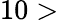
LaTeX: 10>